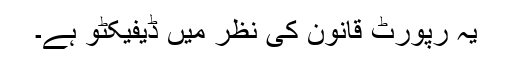
یہ رپورٹ قانون کی نظر میں ڈیفیکٹو ہے۔